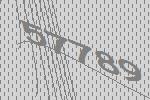
57789